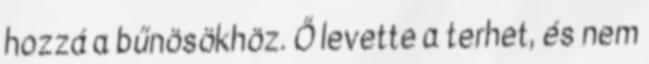
hozzá a bűnösökhöz. Ő levette a terhet, és nem